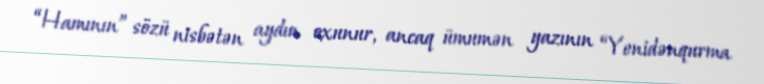
“Hamının” sözü nisbətən aydın oxunur, ancaq ümumən yazının “Yenidənqurma